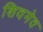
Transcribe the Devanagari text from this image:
शिवमेव